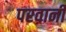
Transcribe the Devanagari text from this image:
परवानी